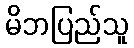
မိဘပြည်သူ